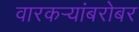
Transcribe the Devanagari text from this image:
वारकर्‍यांबरोबर